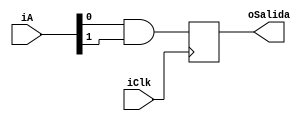
module CompuertaAnd(
	input [1:0] iA,
	input iClk,
	output oSalida
);

reg rSalida_D;
reg rSalida_Q;

assign oSalida = rSalida_Q;

always @ (posedge iClk)
  begin 
		rSalida_Q <= rSalida_D;
	end
	
always @ *
	begin
	
		rSalida_D = iA[0] & iA[1];
	
	end 
	
endmodule